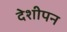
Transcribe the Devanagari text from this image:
देशीपन